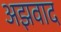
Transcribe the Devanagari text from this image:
अझवाद